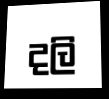
දලි